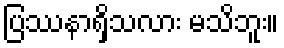
ပြဿနာရှိသလား မသိဘူး။